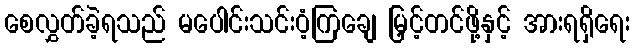
စေလွှတ်ခဲ့ရသည် မပေါင်းသင်းဝံ့ကြချေ မြှင့်တင်ဖို့နှင့် အားရရှိရေး